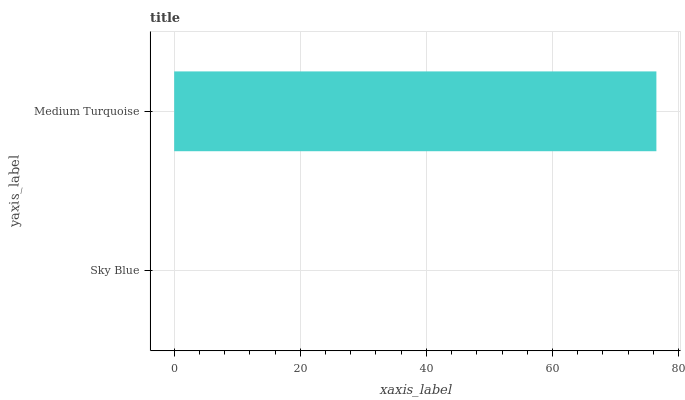
| yaxis_label | bars |
 | --- | --- |
 | Sky Blue | 0 |
 | Medium Turquoise | 76.5 |